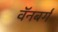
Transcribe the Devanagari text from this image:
वॅनबर्ग